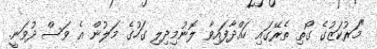
"މަރުކަޒުގެ ގޯތި ތެރޭގައި ހައްދާފައިވާ ލޮނުމިދިލި ގަހުގެ މަލުން އެ ވަސް ދުވަނީ.